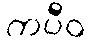
ကပီဝ